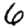
Digit: 6